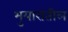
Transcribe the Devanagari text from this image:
भुयारातील